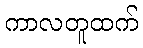
ကာလတူထက်